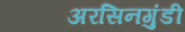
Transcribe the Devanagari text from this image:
अरसिनगुंडी